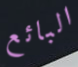
البائع